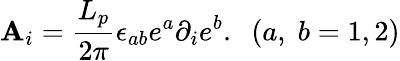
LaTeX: \mathbf{A}_{i}=\frac{{L_{p}}}{{2\pi}}\epsilon_{ab}e^{a}\partial_{i}e^{b}.\; \; (a,\; b=1,2)